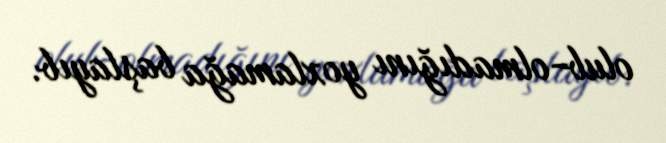
olub-olmadığını yoxlamağa başlayıb.